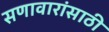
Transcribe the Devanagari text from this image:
सणावारांसाठी